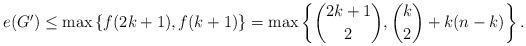
LaTeX: \begin{align*}e(G')\leq \max\left\{f(2k+1), f(k+1)\right\}=\max\left\{\binom{2k+1}{2},\binom{k}{2} +k(n-k)\right\}.\end{align*}